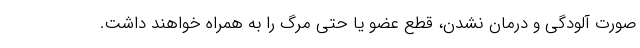
صورت آلودگی و درمان نشدن، قطع عضو یا حتی مرگ را به همراه خواهند داشت.